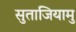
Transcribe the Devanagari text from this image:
सुताजियामु